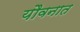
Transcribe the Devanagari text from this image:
यौवनात